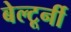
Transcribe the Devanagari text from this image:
बेल्टूर्नी